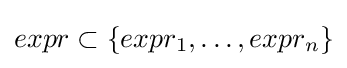
expr\subset \{expr_{1},\dots ,expr_{n}\}